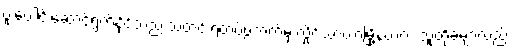
ပူးပေါင်းဆောင်ရွက်နိုင်သည် သတင်းရဲတပ်ဖွဲ့ဘက်မှ လှိုင်သာယာမြို့နယ်က သူတို့ခမျာလည်း